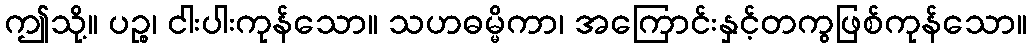
ဤသို့။ ပဉ္စ၊ ငါးပါးကုန်သော။ သဟဓမ္မိကာ၊ အကြောင်းနှင့်တကွဖြစ်ကုန်သော။